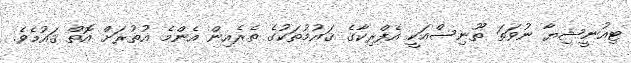
ޓިއުނީޝިޔާ ނުވަތަ ތޫނިސްއަކީ އެފްރިކާގެ ޤައުމުތަކުގެ ތެރެއިން އެންމެ އުތުރަށް އޮތް ޤައުމެވެ.